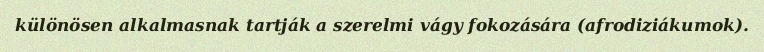
különösen alkalmasnak tartják a szerelmi vágy fokozására (afrodiziákumok).